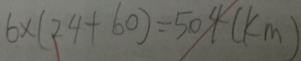
6 \times ( 2 4 + 6 0 ) = 5 0 4 ( k m )